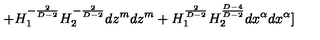
+ H _ { 1 } ^ { - \frac { 2 } { D - 2 } } H _ { 2 } ^ { - \frac { 2 } { D - 2 } } d z ^ { m } d z ^ { m } + H _ { 1 } ^ { \frac { 2 } { D - 2 } } H _ { 2 } ^ { \frac { D - 4 } { D - 2 } } d x ^ { \alpha } d x ^ { \alpha } ]